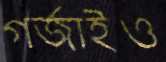
গর্জাইও